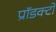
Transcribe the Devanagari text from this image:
प्रॉडक्टों